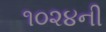
૧૦૨૪ની